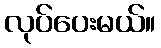
လုပ်ပေးမယ်။